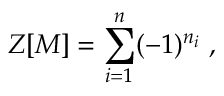
{ \cal Z } [ M ] = \sum _ { i = 1 } ^ { n } ( - 1 ) ^ { n _ { i } } \; ,